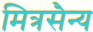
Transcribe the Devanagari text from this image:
मित्रसैन्य